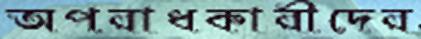
অপরাধকারীদের